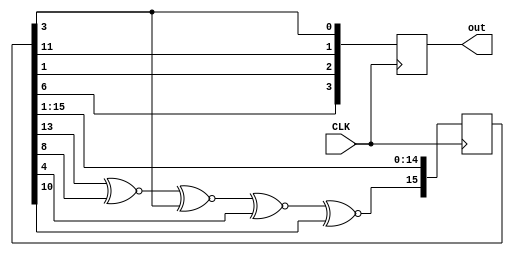
module random(input CLK, output reg[3:0] out);

reg[15:0] shift = 16'h9252;

always @(posedge CLK) begin
	shift[15] <= shift[13] ~^ shift[8] ~^ shift[3] ~^ shift[4] ~^ shift[10];
	shift[14:0] <= shift[15:1];

	out = {shift[6],shift[1],shift[11],shift[3]};

end

endmodule